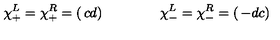
\chi _ { + } ^ { L } = \chi _ { + } ^ { R } = \left( \begin{matrix} { c } \\ { d } \\ \end{matrix} \right) \qquad \qquad \chi _ { - } ^ { L } = \chi _ { - } ^ { R } = \left( \begin{matrix} { - d } \\ { c } \\ \end{matrix} \right)